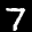
Label: 7